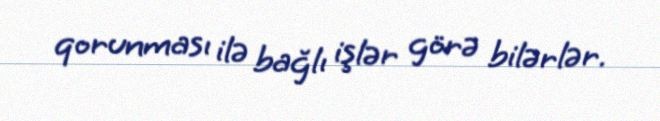
qorunması ilə bağlı işlər görə bilərlər.